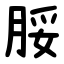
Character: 脮